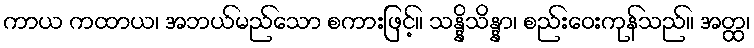
ကာယ ကထာယ၊ အဘယ်မည်သော စကားဖြင့်။ သန္နိသိန္နာ၊ စည်းဝေးကုန်သည်။ အတ္ထ၊